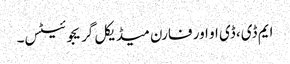
ایم ڈی، ڈی او اور فارن میڈیکل گریجوئیٹس۔